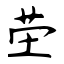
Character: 茔